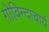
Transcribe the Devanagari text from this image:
ग़ोविन्दाचार्य